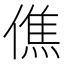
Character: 僬